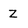
Character: Z